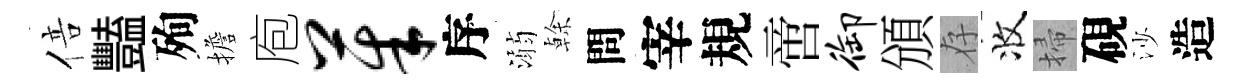
倍豔殉擔庖茱序溺𠏉問宰規啻御頒存收掃硯沙造